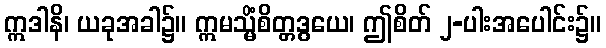
ဣဒါနိ၊ ယခုအခါ၌။ ဣမသ္မိံစိတ္တဒွယေ၊ ဤစိတ် ၂-ပါးအပေါင်း၌။